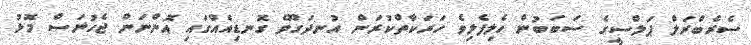
ސެރެބްރަލް ޕަލްސީގެ ސަބަބުން ހެލިފެލިވެ ހަރަކާތްކުރަން އުނދަގޫވެ ގޮނޑިއެއްގައި އޮންނަން ޖެހުނަސް މޮޅު